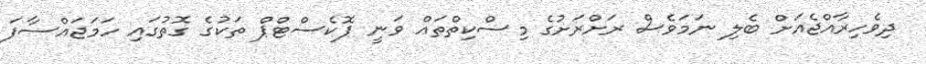
ދިވެހިރާއްޖެއަށް ބެލި ނަމަވެސް ރަށްރަށުގެ މިސްކިތްތައް ވަނީ ޕޮކެސްޓްޕް ތަކުގެ ގޮތުގައި ހަމަޖައްސާފަ